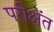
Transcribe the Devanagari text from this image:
परीक्षेंत